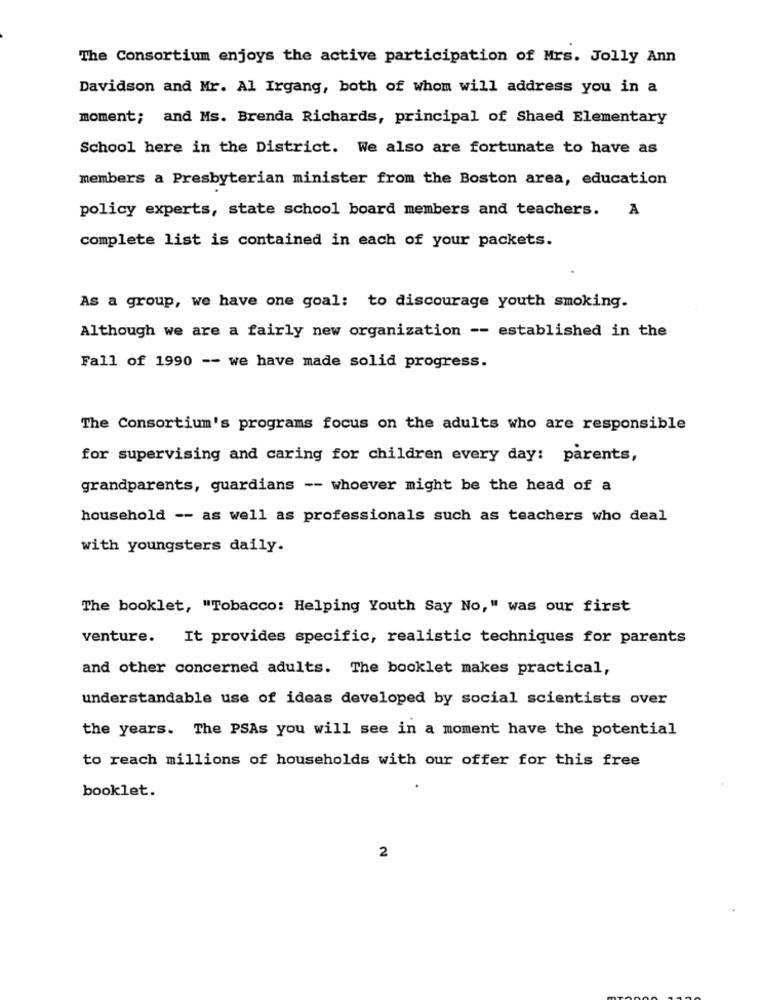
The Consortium enjoys the active participation of Mrs. Jolly Ann
Davidson and Mr. Al Irgang, both of whom will address you in a
moment; and Ms. Brenda Richards, principal of Shaed Elementary
School here in the District. We also are fortunate to have as
members a Presbyterian minister from the Boston area, education
policy experts, state school board members and teachers. A
complete list is contained in each of your packets.
As a group, we have one goal: to discourage youth smoking.
Although we are a fairly new organization -- established in the
Fall of 1990 -- we have made solid progress.
The Consortium's programs focus on the adults who are responsible
for supervising and caring for children every day: parents,
grandparents, guardians -- whoever might be the head of a
household -- as well as professionals such as teachers who deal
with youngsters daily.
The booklet, "Tobacco: Helping Youth Say No," was our first
venture. It provides specific, realistic techniques for parents
and other concerned adults. The booklet makes practical,
understandable use of ideas developed by social scientists over
the years. The PSAs you will see in a moment have the potential
to reach millions of households with our offer for this free
booklet.
2